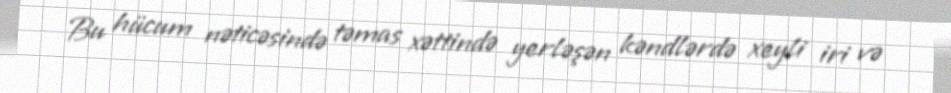
Bu hücum nəticəsində təmas xəttində yerləşən kəndlərdə xeyli iri və